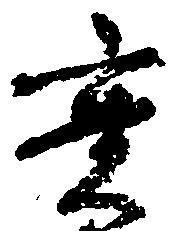
実